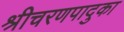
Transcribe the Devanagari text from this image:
श्रीचरणपादुका